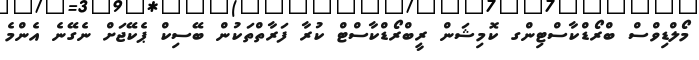
މޯލްޑިވްސް ބްރޯޑްކާސްޓިންގ ކޮމިޝަން ރީބްރޯޑްކާސްޓް ކުރާ ފަރާތްތަކުން ބޭސިކް ޕެކޭޖަށް ނެގޭނެ އެންމެ